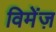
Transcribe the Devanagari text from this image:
विमेंज़